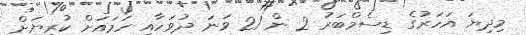
މިދިޔަ އަހަރުގެ ޑިސެމްބަރު 2 ން 21 ވަނަ ދުވަހާއި ހަމައަށް ކުރިޔަށް